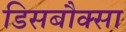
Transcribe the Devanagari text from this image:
डिसबौक्सा